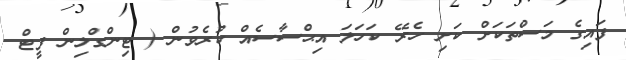
ފައިގެ މަސްތަކަށް ކަށި ހެރޭ ކަހަލަ އިޙްސާސެއް ކުރެވުން ( ޓިންގްލިން ފީޓްް